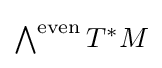
{\textstyle {\bigwedge }^{\text{even}}\,T^{*}M}